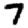
Digit: 7